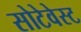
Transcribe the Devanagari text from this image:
सोटेवेस्ट